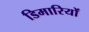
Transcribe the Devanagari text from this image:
डिमारियों